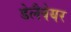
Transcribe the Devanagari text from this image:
डेलैवेयर